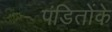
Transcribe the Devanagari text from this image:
पंडितोंके